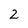
Character: 2